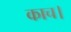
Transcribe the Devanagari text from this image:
काच।